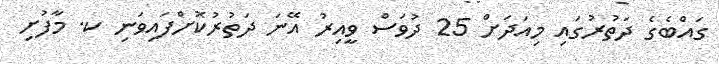
ގައްބެގެ ދަތުރުގައި މިއަދަށް 25 ދުވަސް ވީއިރު އޭނަ ދަތުރުކޮށްފައިވަނި ކ. މާފުށި